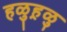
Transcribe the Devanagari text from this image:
हळुह़ळु